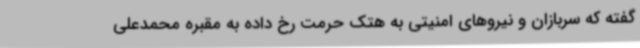
گفته که سربازان و نیروهای امنیتی به هتک حرمت رخ داده به مقبره محمدعلی